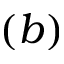
( b )